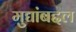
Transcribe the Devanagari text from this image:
मुद्यांबद्दल